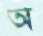
অ